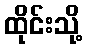
ထိုင်းသို့